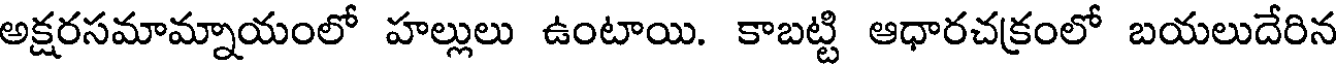
అక్షరసమామ్నాయంలో హల్లులు ఉంటాయి. కాబట్టి ఆధారచక్రంలో బయలుదేరిన